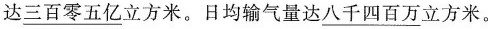
达\underline{三百零五亿}立方米。日均输气量达\underline{八千四百万}立方米。